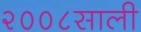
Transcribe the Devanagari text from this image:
२००८साली